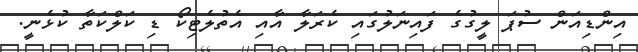
އިންޑިއަން ސުޕަ ލީގުގެ ފައިނަލުގައި ކެރަލާ އާއި އެތުލެޓިކޯ ޑި ކަލްކަތާ ކުޅެނީ.